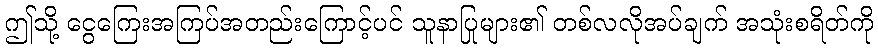
ဤသို့ ငွေကြေးအကြပ်အတည်းကြောင့်ပင် သူနာပြုများ၏ တစ်လလိုအပ်ချက် အသုံးစရိတ်ကို